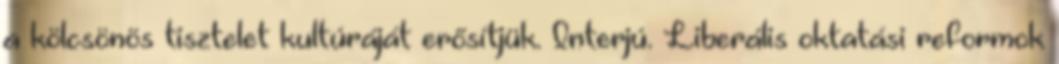
a kölcsönös tisztelet kultúráját erősítjük. Interjú. Liberális oktatási reformok